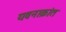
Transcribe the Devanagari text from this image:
यवनाक्रांत